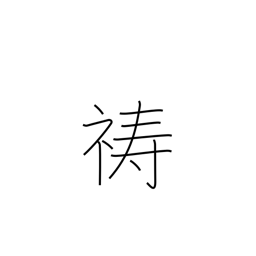
Meaning: pray